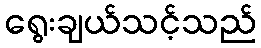
ရွေးချယ်သင့်သည်